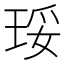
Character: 𰡾